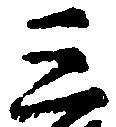
三